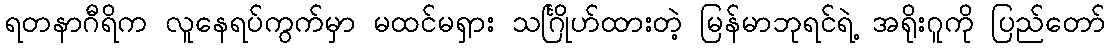
ရတနာဂီရိက လူနေရပ်ကွက်မှာ မထင်မရှား သင်္ဂြိုဟ်ထားတဲ့ မြန်မာဘုရင်ရဲ့ အရိုးဂူကို ပြည်တော်